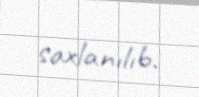
saxlanılıb.